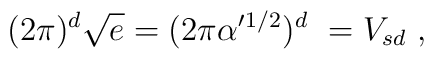
(2 \pi)^d \sqrt{e} = (2\pi\alpha^\prime{}^{1/2})^d\ =V_{sd}\ ,